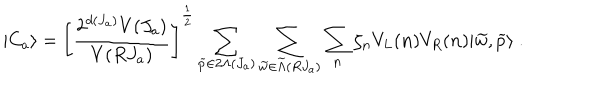
\vert C _ { a } \rangle = \left[ { \frac { 2 ^ { d ( J _ { a } ) } V ( J _ { a } ) } { V ( R J _ { a } ) } } \right] ^ { \frac { 1 } { 2 } } \sum _ { { \widetilde p } \in 2 \Lambda ( J _ { a } ) } \sum _ { { \widetilde w } \in { \widetilde \Lambda } ( R J _ { a } ) } \sum _ { \bf n } \zeta _ { \bf n } V _ { L } ( { \bf n } ) V _ { R } ( { \bf n } ) \vert { \widetilde w } , { \widetilde p } \rangle ~ .